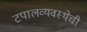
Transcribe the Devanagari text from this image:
टपालव्यवस्थेची